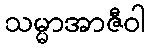
သမ္မာအာဇီဝါ